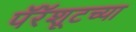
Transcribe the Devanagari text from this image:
पॅरॅशूटच्या